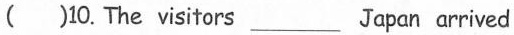
()10. The visitors ___ Japan arrived